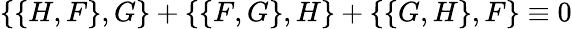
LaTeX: \{ \{ H,F\} ,G\} +\{ \{ F,G\} ,H\} +\{ \{ G,H\} ,F\} \equiv 0